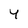
Character: 4